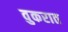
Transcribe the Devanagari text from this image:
वुकरात